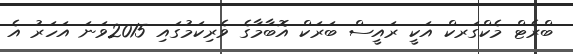
ބްރެޓް މެކްގަރކް އަކީ ރައީސް ބަރަކް އޮބާމާގެ ވެރިކަމުގަައި 2015ވަަނަ އަހަރު އެ